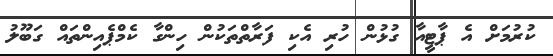
ކުރުމަށް އެ ޕާޓީއާ ގުޅުން ހުރި އެކި ފަރާތްތަކުން ހިންގާ ކެމްޕެއިންތައް ގަބޫލު